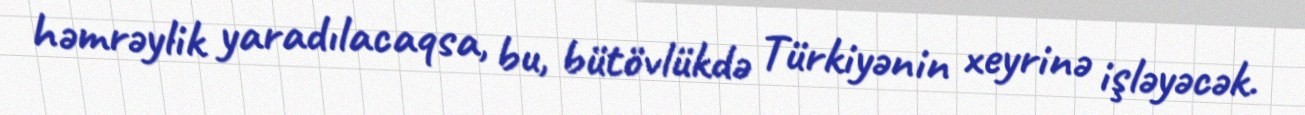
həmrəylik yaradılacaqsa, bu, bütövlükdə Türkiyənin xeyrinə işləyəcək.